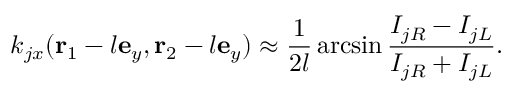
k _ { j x } ( \mathbf { r } _ { 1 } - l \mathbf { e } _ { y } , \mathbf { r } _ { 2 } - l \mathbf { e } _ { y } ) \approx \frac { 1 } { 2 l } \arcsin \frac { I _ { j R } - I _ { j L } } { I _ { j R } + I _ { j L } } .